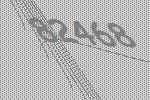
82468